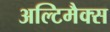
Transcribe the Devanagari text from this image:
अल्टिमैक्स